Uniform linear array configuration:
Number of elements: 24
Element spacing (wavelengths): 1
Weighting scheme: uniform
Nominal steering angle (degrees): -45
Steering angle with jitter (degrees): -46.61
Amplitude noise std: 0.05
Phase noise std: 0.05

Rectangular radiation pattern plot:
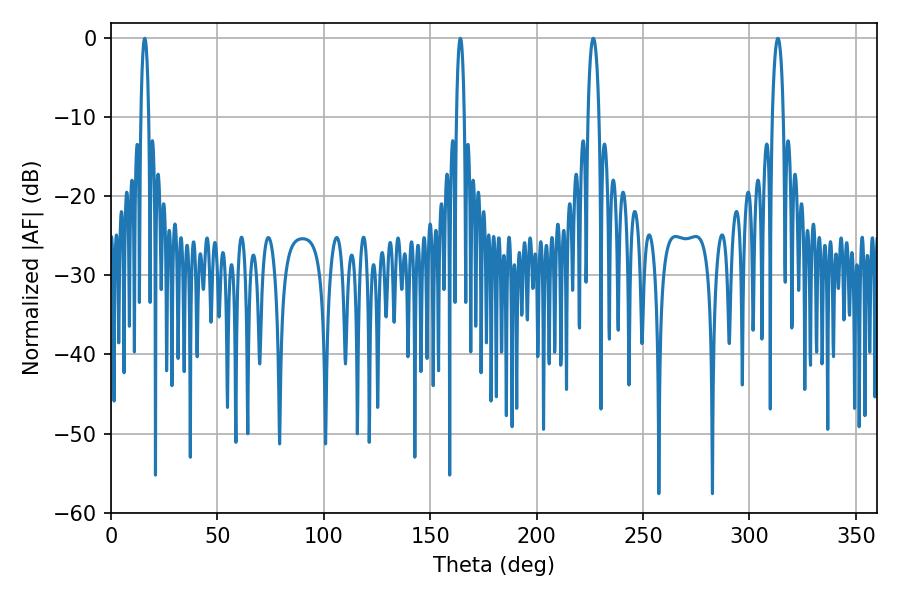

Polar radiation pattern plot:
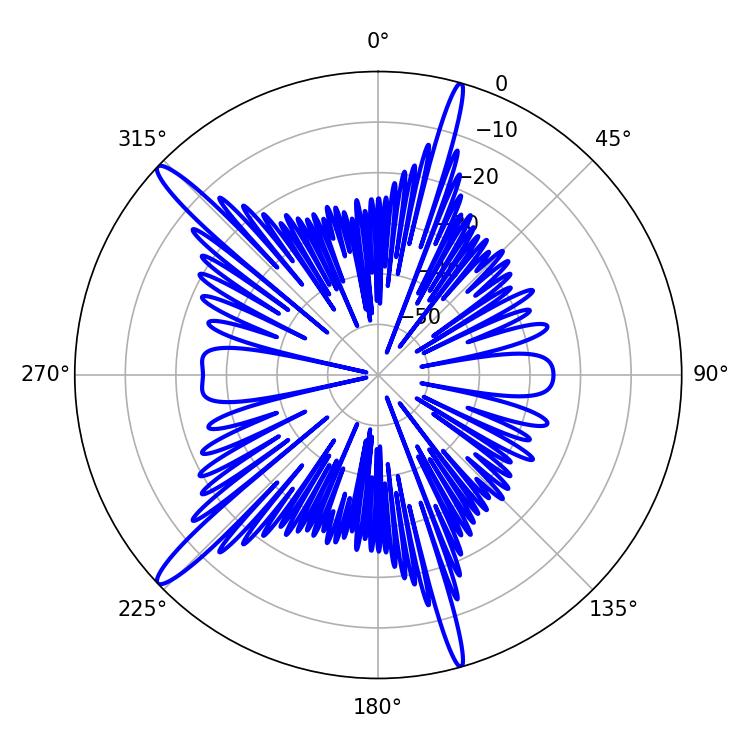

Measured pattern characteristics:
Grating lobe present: TRUE
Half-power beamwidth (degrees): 2.16
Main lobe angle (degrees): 15.84